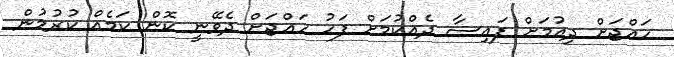
ހައްޖަށް ދިއުމަށް ފައިސާ ދެއްކުމަށް ފަހު ހައްޖަށް ދެވޭނީ ކޮން ކަމެއް ކުރުމުން